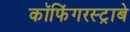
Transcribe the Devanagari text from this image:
कॉफिंगरस्ट्राबे